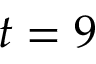
t = 9